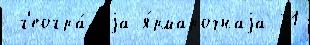
 г'еогра́ф'иjа я́рмарочнаjа 21